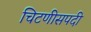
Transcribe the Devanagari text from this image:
चिटणीसपदी